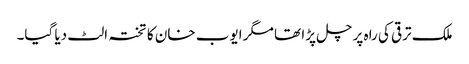
ملک ترقی کی راہ پر چل پڑا تھا مگر ایوب خان کا تختہ الٹ دیا گیا۔